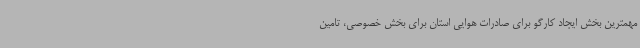
مهمترین بخش ایجاد کارگو برای صادرات هوایی استان برای بخش خصوصی، تامین